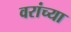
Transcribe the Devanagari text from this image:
वरांच्या